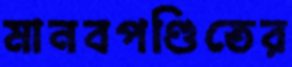
মানবপণ্ডিতের